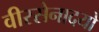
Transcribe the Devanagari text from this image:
वीरसेनादयो